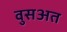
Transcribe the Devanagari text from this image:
वुसअत